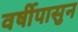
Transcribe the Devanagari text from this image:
वर्षीपासुन